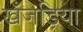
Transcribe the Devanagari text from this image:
खँजड़िया